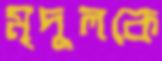
মৃদুলকে